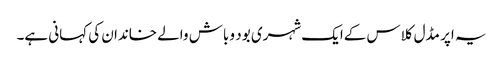
یہ اپر مڈل کلاس کےایک شہری بود و باش والے خاندان کی کہانی ہے۔